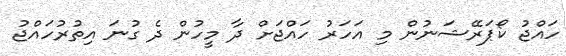
ހައްޖު ކޯޕަރޭޝަނުން މި އަހަރު ހައްޖަށް ދާ މީހުން ދެ ގުނަ އިތުރުހައްޖު